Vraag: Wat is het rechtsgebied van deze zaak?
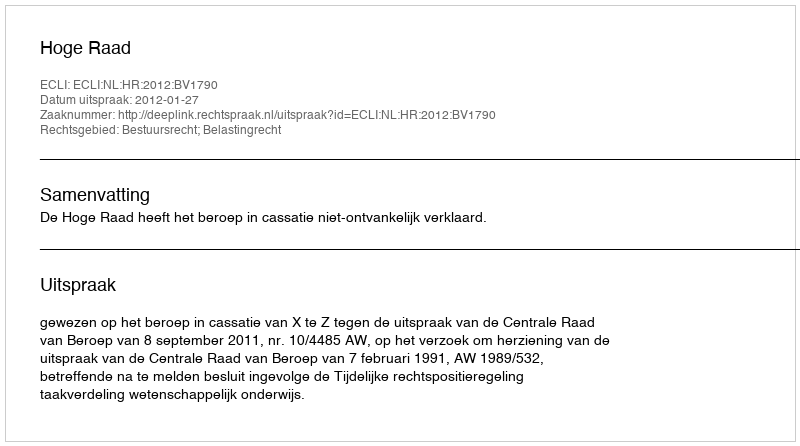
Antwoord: Bestuursrecht; Belastingrecht